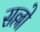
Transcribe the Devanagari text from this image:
सल्लो